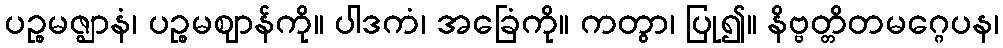
ပဉ္စမဇ္ဈာနံ၊ ပဉ္စမဈာန်ကို။ ပါဒကံ၊ အခြေံကို။ ကတွာ၊ ပြု၍။ နိဗ္ဗတ္တိတမဂ္ဂေပန၊